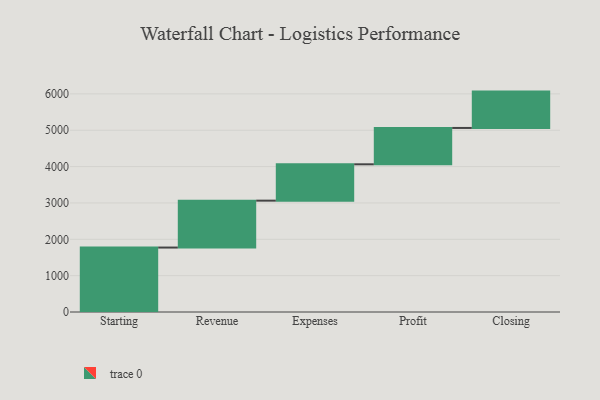
{"axis": {"x": "Step", "y": "Value"}, "legend": [""], "data": [{"x": "Starting", "y": 1773.0, "type": ""}, {"x": "Revenue", "y": 1290.0, "type": ""}, {"x": "Expenses", "y": 1000, "type": ""}, {"x": "Profit", "y": 1000, "type": ""}, {"x": "Closing", "y": 1000, "type": ""}]}